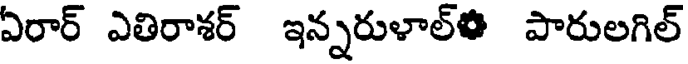
ఏరార్ ఎతిరాశర్ ఇన్నరుళాల్ఈ పారులగిల్